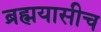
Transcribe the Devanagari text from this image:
ब्रह्मयासीच